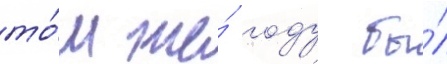
то́м же́ году бы́л